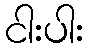
ငါးပါး